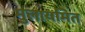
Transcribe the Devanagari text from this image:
मुलायमित